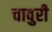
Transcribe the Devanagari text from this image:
चावुरी